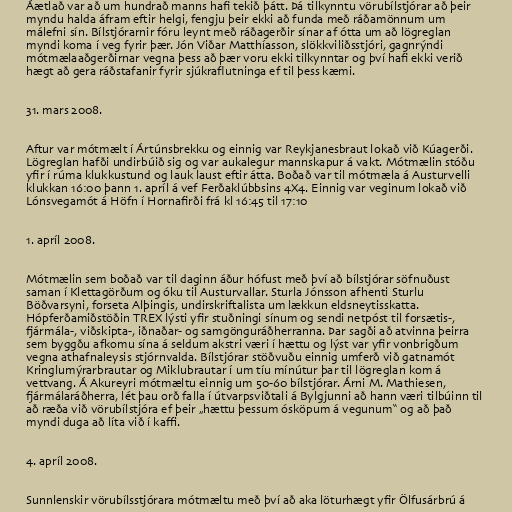
Áætlað var að um hundrað manns hafi tekið þátt. Þá tilkynntu vörubílstjórar að þeir
myndu halda áfram eftir helgi, fengju þeir ekki að funda með ráðamönnum um
málefni sín. Bílstjórarnir fóru leynt með ráðagerðir sínar af ótta um að lögreglan
myndi koma í veg fyrir þær. Jón Viðar Matthíasson, slökkviliðsstjóri, gagnrýndi
mótmælaaðgerðirnar vegna þess að þær voru ekki tilkynntar og því hafi ekki verið
hægt að gera ráðstafanir fyrir sjúkraflutninga ef til þess kæmi.

31. mars 2008.

Aftur var mótmælt í Ártúnsbrekku og einnig var Reykjanesbraut lokað við Kúagerði.
Lögreglan hafði undirbúið sig og var aukalegur mannskapur á vakt. Mótmælin stóðu
yfir í rúma klukkustund og lauk laust eftir átta. Boðað var til mótmæla á Austurvelli
klukkan 16:00 þann 1. apríl á vef Ferðaklúbbsins 4X4. Einnig var veginum lokað við
Lónsvegamót á Höfn í Hornafirði frá kl 16:45 til 17:10

1. apríl 2008.

Mótmælin sem boðað var til daginn áður hófust með því að bílstjórar söfnuðust
saman í Klettagörðum og óku til Austurvallar. Sturla Jónsson afhenti Sturlu
Böðvarsyni, forseta Alþingis, undirskriftalista um lækkun eldsneytisskatta.
Hópferðamiðstöðin TREX lýsti yfir stuðningi sínum og sendi netpóst til forsætis-,
fjármála-, viðskipta-, iðnaðar- og samgönguráðherranna. Þar sagði að atvinna þeirra
sem byggðu afkomu sína á seldum akstri væri í hættu og lýst var yfir vonbrigðum
vegna athafnaleysis stjórnvalda. Bílstjórar stöðvuðu einnig umferð við gatnamót
Kringlumýrarbrautar og Miklubrautar í um tíu mínútur þar til lögreglan kom á
vettvang. Á Akureyri mótmæltu einnig um 50-60 bílstjórar. Árni M. Mathiesen,
fjármálaráðherra, lét þau orð falla í útvarpsviðtali á Bylgjunni að hann væri tilbúinn til
að ræða við vörubílstjóra ef þeir „hættu þessum ósköpum á vegunum“ og að það
myndi duga að líta við í kaffi.

4. apríl 2008.

Sunnlenskir vörubílsstjórara mótmæltu með því að aka löturhægt yfir Ölfusárbrú á